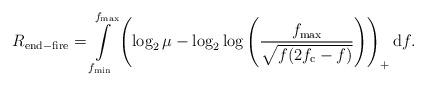
LaTeX: \begin{align*}R_{\rm end-fire}= \int\limits_{f_{\rm min}}^{f_{\rm max}} \left( \log_2\mu - \log_2 \log\left(\frac{f_{\rm max}}{\sqrt{f(2f_{\rm c}-f)}}\right) \right)_+ {\rm d} f.\end{align*}